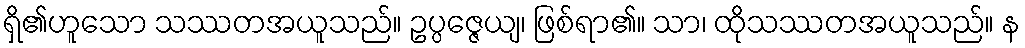
ရှိ၏ဟူသော သဿတအယူသည်။ ဥပ္ပဇ္ဇေယျ၊ ဖြစ်ရာ၏။ သာ၊ ထိုသဿတအယူသည်။ န